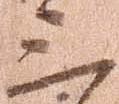
三